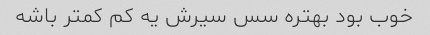
خوب بود بهتره سس سیرش یه کم کمتر باشه